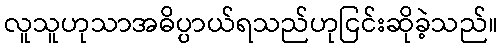
လူသူဟုသာအဓိပ္ပာယ်ရသည်ဟုငြင်းဆိုခဲ့သည်။